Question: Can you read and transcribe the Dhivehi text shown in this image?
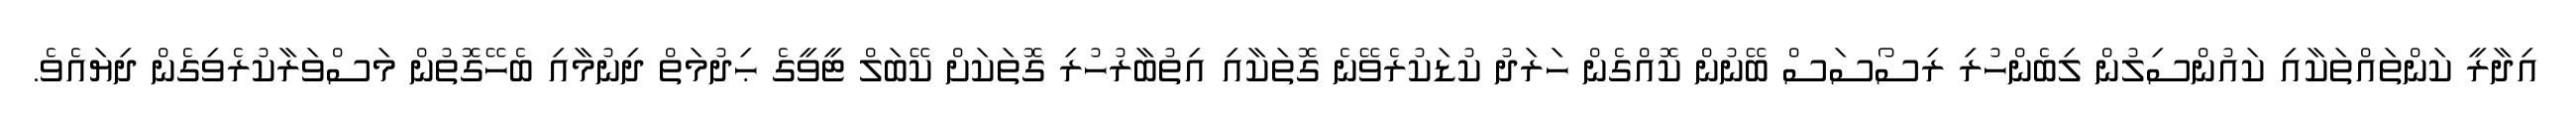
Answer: އިދާރީ ކަންތައްތަކާއި ކައުންސިލުން ލިބެންހުރި ރިސޯސަސް ބޭނުން ކޮއްގެން ހަރަދު ކުޑަކުރެވޭނެ ގޮތަކާއި އިތުބާރުހުރި ގޮތަކަށް ކޭބަލް ޓީވީގެ ޙިދުމަތް ދިނުމާއި ބެހޭގޮތުން މަސްވަރާކުރެވިގެން ދިޔައެވެ.